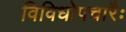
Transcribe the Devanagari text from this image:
विविधोपचारैः